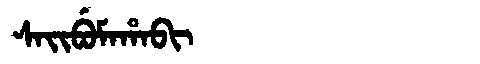
Manchu: ᠰᠠᡳᠪᡠᠮᠠᡥᠠᠪᡳ
Romanization: SAIBUMAHABI